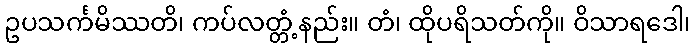
ဥပသင်္ကမိဿတိ၊ ကပ်လတ္တံ့နည်း။ တံ၊ ထိုပရိသတ်ကို။ ဝိသာရဒေါ၊